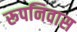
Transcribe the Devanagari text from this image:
रूपनिवास